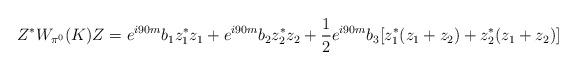
LaTeX: \begin{align*}Z^*W_{\pi^0}(K)Z= e^{i 90 m}b_1 z_1^*z_1 + e^{i 90 m}b_2 z_2^*z_2+\frac12 e^{i 90 m}b_3 [z_1^*(z_1+z_2)+ z_2^*(z_1+z_2)] \end{align*}